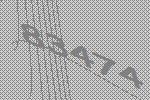
83474